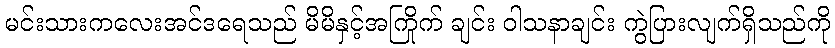
မင်းသားကလေးအင်ဒရေသည် မိမိနှင့်အကြိုက် ချင်း ဝါသနာချင်း ကွဲပြားလျက်ရှိသည်ကို